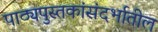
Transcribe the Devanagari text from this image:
पाठ्यपुस्तकांसंदर्भातील